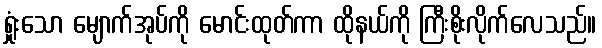
ရှုံးသော မျောက်အုပ်ကို မောင်းထုတ်ကာ ထိုနယ်ကို ကြီးစိုးလိုက်လေသည်။